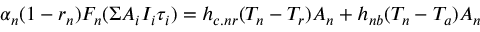
\alpha _ { n } ( 1 - r _ { n } ) F _ { n } ( \Sigma A _ { i } I _ { i } \tau _ { i } ) = h _ { c . n r } ( T _ { n } - T _ { r } ) A _ { n } + h _ { n b } ( T _ { n } - T _ { a } ) A _ { n }